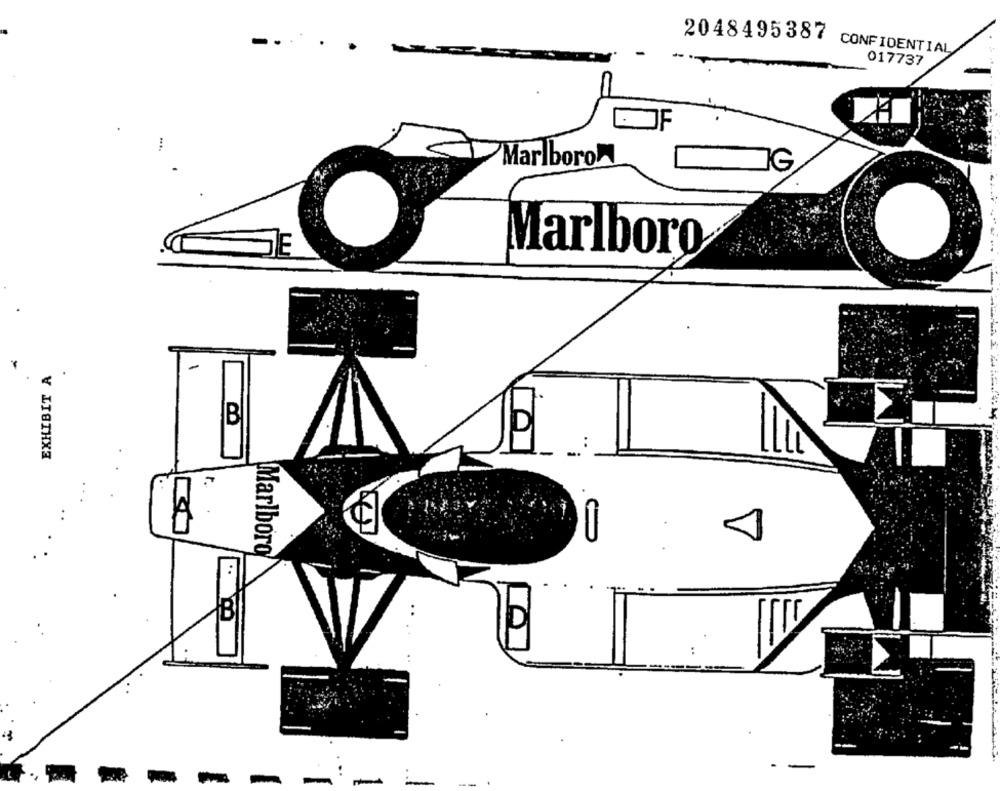
2048495387
CONFIDENTIAL
017737
JF
-...
Marlboro
G
Marlboro
EXHIBIT A
B
Marlboro